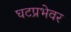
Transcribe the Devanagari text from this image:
घटप्रभेवर